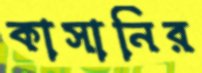
কাসানির